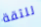
للثقة